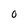
Character: O